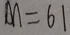
M = 6 1